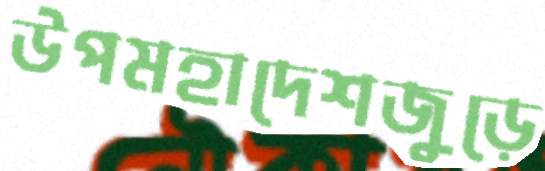
উপমহাদেশজুড়ে